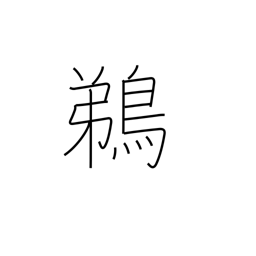
Meaning: cormorant